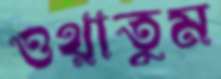
ওথ্‌লাতুম